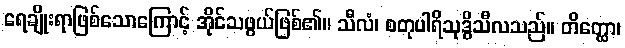
ရေချိုးရာဖြစ်သောကြောင့် အိုင်သဖွယ်ဖြစ်၏။ သီလံ၊ စတုပါရိသုဒ္ဓိသီလသည်။ တိတ္ထော၊